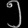
Digit: ၅